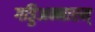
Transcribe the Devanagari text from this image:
गड्डिअन्नारम्